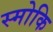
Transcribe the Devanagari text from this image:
स्मोकि